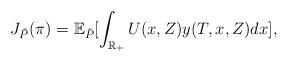
LaTeX: \begin{align*}J_{\tilde{P}}(\pi)=\mathbb{E}_{\tilde{P}}[\int_{\mathbb{R_{+}}}U(x,Z)y(T,x,Z)dx],\end{align*}